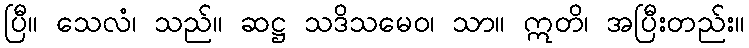
ပြီ။ သေလံ၊ သည်။ ဆဋ္ဌ သဒိသမေဝ၊ သာ။ ဣတိ၊ အပြီးတည်း။